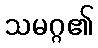
သမဂ္ဂ၏